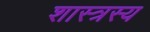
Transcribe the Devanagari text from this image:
शास्त्रस्य